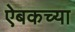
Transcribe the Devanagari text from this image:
ऐबकच्या